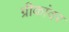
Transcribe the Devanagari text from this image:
ग्रीकांवर